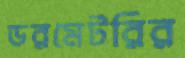
ডরমেটরির